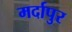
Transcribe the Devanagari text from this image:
मर्दापुर